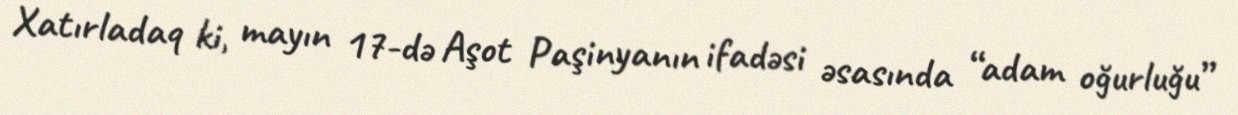
Xatırladaq ki, mayın 17-də Aşot Paşinyanın ifadəsi əsasında “adam oğurluğu”